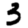
Digit: 3